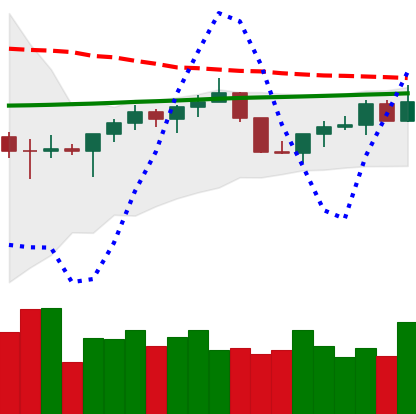
Ticker: TRX-USD
Chart end date: 2022-07-18
Forward return: -3.068%
Label: down_3_5